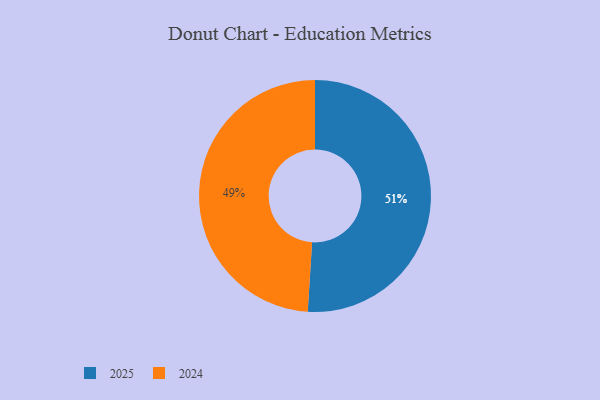
{"axis": {"x": "Category", "y": "Percentage"}, "legend": ["2024", "2025"], "data": [{"x": "2025", "y": 51, "type": "2025"}, {"x": "2024", "y": 49, "type": "2024"}]}